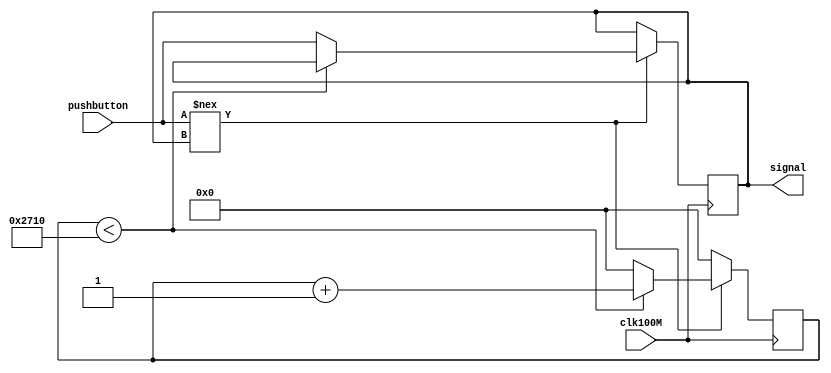
`timescale 1ns / 1ps
//////////////////////////////////////////////////////////////////////////////////
// Company: 
// Engineer: 
// 
// Design Name: 
// Module Name: button_sensor
// Project Name: 
// Target Devices: 
// Tool Versions: 
// Description: 
// 
// Dependencies: 
// 
// Revision:
// Revision 0.01 - File Created
// Additional Comments:
// 
//////////////////////////////////////////////////////////////////////////////////


module button_sensor(
    input clk100M,
    input pushbutton,
    output reg signal = 0
    );
    
//    reg ignore = 0;
    reg [15:0] ignore_limit = 10_000;
    reg [15:0] ignore_count = 0;
    
    always @ (posedge clk100M) begin
        if (pushbutton !== signal) begin
            if(ignore_count < ignore_limit)
                ignore_count <= ignore_count + 1;
            else begin
                ignore_count <= 0;
                signal <= pushbutton;
            end
        end
        else 
            ignore_count = 0;
    end
    
//    assign signal = (ignore == 1) ? signal : pushbutton;
    
//    always @ (signal) begin
//        ignore = 1;
//    end
    
//    always @ (posedge clk100M) begin
//        if (ignore == 1) begin
//            if (ignore_count == ignore_limit) begin
//                ignore_count <= 0;
//                ignore <= 0;
//            end
//            else 
//                ignore_count = ignore_count + 1;
//        end
//    end
endmodule